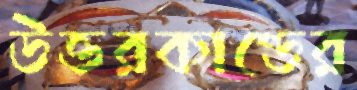
উত্তরকাণ্ডের